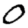
Digit: 0